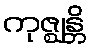
ကုဇ္ဈန္တိ